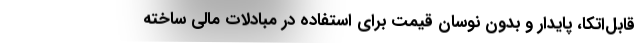
قابل‌اتکا، پایدار و بدون نوسان قیمت برای استفاده در مبادلات مالی ساخته